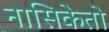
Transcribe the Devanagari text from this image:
नासिकेतो